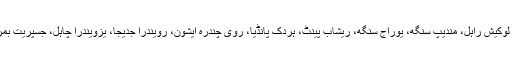
ٹی20 اسکواڈ میں ویرات کوہلی(کپتان)، مہندرا سنگھ دھونی، لوکیش راہل، مندیپ سنگھ، یوراج سنگھ، ریشاب پینٹ، ہردک پانڈیا، روی چندرہ ایشون، رویندرا جدیجا، یزویندرا چاہل، جسپریت بمراہ، امیت مشرا، منیش پانڈے، بھونیشور کمار اور اشیش نہرا۔